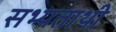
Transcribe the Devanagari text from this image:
सभ्यताथी